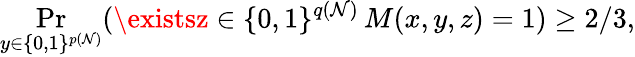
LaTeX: \Pr_{y\in\{ 0,1\} ^{p(\mathcal{N})}}(\existsz\in\{ 0,1\} ^{q(\mathcal{N})}\, M(x,y,z)=1)\geq2/3,